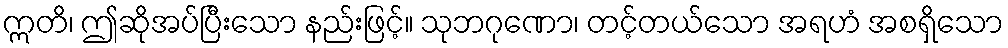
ဣတိ၊ ဤဆိုအပ်ပြီးသော နည်းဖြင့်။ သုဘဂုဏော၊ တင့်တယ်သော အရဟံ အစရှိသော